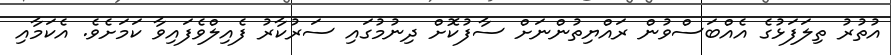
އުތުރު ތިލަފަޅުގެ އެއްބަސްވުން ރައްޔިތުންނަށް ސާފުކޮށް ދިނުމުގައި ސަރުކާރު ފެއިލްވެފައިވާ ކަމަށެވެ. އެކަމާއި